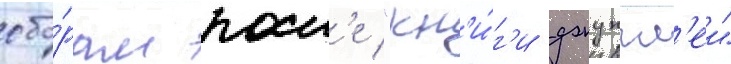
сбо́рам посл'е "кн'и́г'и джунгл'еи"